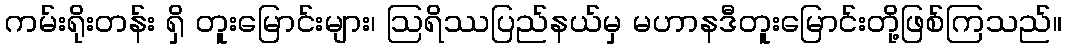
ကမ်းရိုးတန်း ရှိ တူးမြောင်းများ၊ ဩရိဿပြည်နယ်မှ မဟာနဒီတူးမြောင်းတို့ဖြစ်ကြသည်။